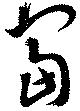
富